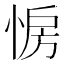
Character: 𢛷